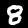
Digit: 8